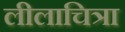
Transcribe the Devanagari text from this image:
लीलाचित्रा